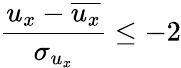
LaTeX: \frac{u_{x}-\overline{{u_{x}}}}{\sigma_{u_{x}}}\leq-2